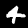
Digit: 4